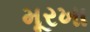
મૂરખા